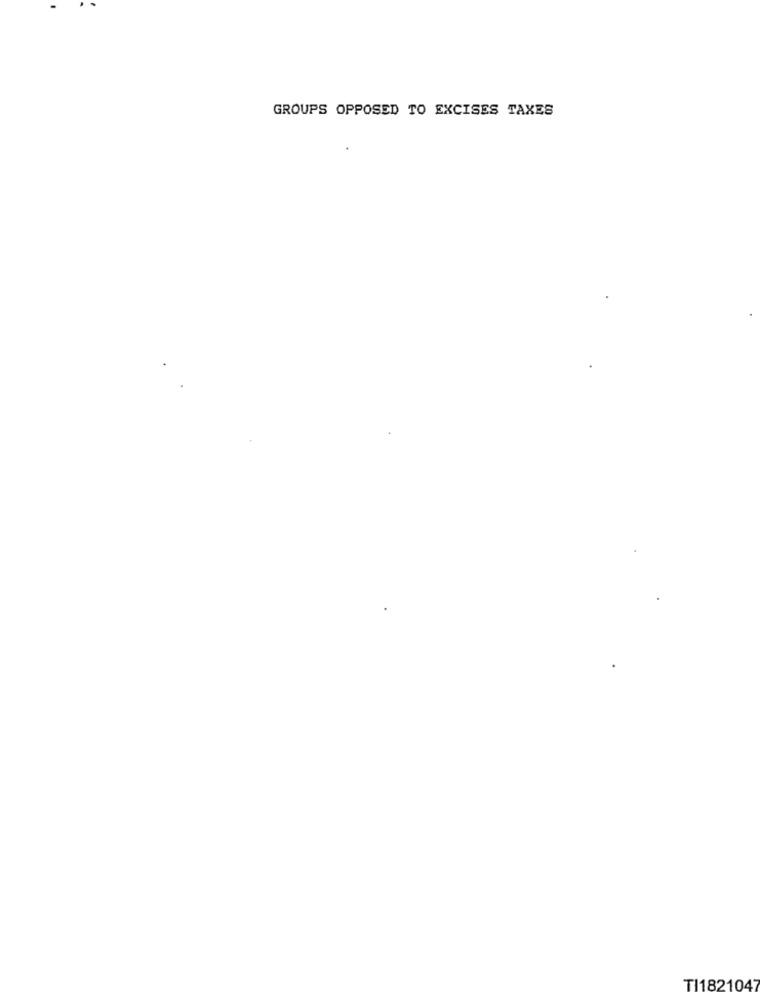
GROUPS OPPOSED TO EXCISES TAXES
TI1821047